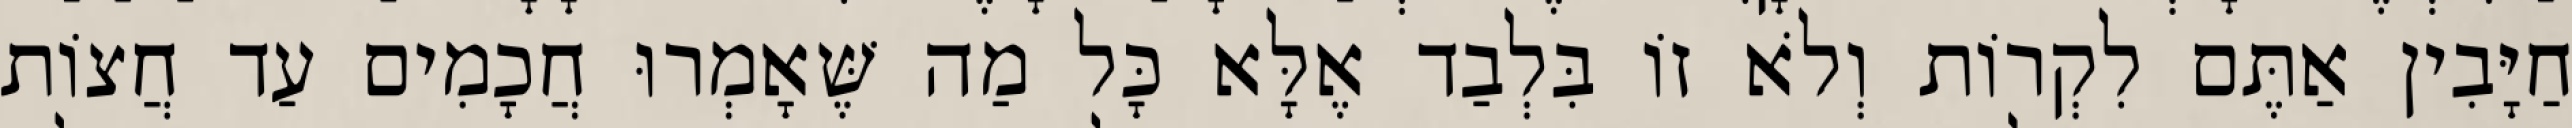
חַיָּבִין אַתֶּם לִקְרוֹת וְלֹא זוֹ בִּלְבַד אֶלָּא כָּל מַה שֶּׁאָמְרוּ חֲכָמִים עַד חֲצוֹת